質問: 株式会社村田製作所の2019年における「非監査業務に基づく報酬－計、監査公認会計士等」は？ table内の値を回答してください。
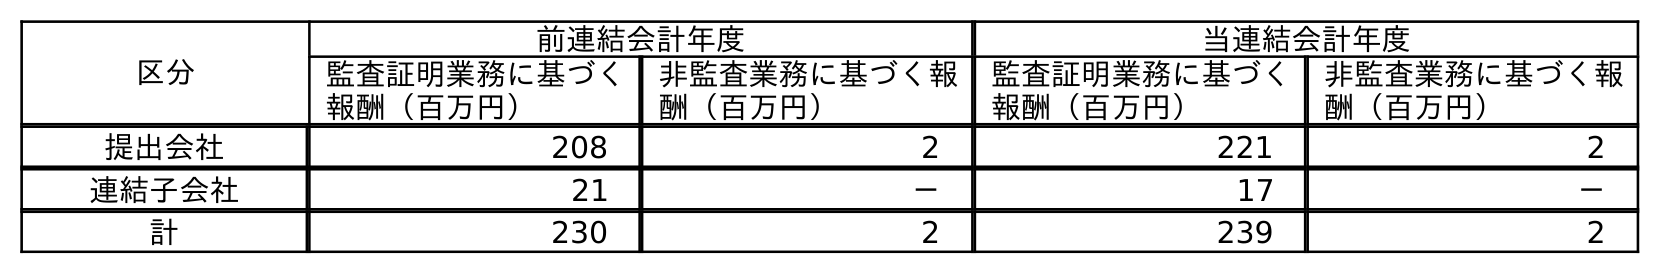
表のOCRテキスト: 区分 前連結会計年度 当連結会計年度 監査証明業務に基づく 報酬（百万円） 非監査業務に基づく報 酬（百万円） 監査証明業務に基づく 報酬（百万円） 非監査業務に基づく報 酬（百万円） 提出会社 208 2 221 2 連結子会社 21 － 17 － 計 230 2 239 2
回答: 2